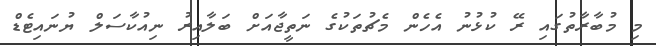
މި މުބާރާތުގައި ރޭ ކުޅުނު އެހެން މެޗުތަކުގެ ނަތީޖާއަށް ބަލާއިރު ނިއުކާސަލް ޔުނައިޓެޑް